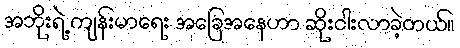
အဘိုးရဲ့ ကျန်းမာရေး အခြေအနေဟာ ဆိုးဝါးလာခဲ့တယ်။